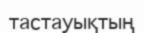
тастауықтың